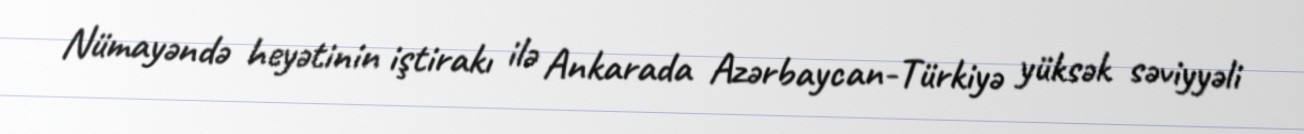
Nümayəndə heyətinin iştirakı ilə Ankarada Azərbaycan-Türkiyə yüksək səviyyəli